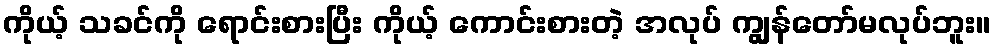
ကိုယ့် သခင်ကို ရောင်းစားပြီး ကိုယ့် ကောင်းစားတဲ့ အလုပ် ကျွန်တော်မလုပ်ဘူး။